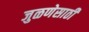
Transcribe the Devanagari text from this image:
जुळणेसाठी